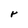
Character: r